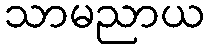
သာမညာယ